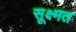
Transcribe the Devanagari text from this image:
सूक्ष्मत